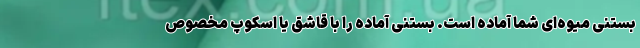
بستنی میوه‌ای شما آماده است. بستنی آماده را با قاشق یا اسکوپ مخصوص